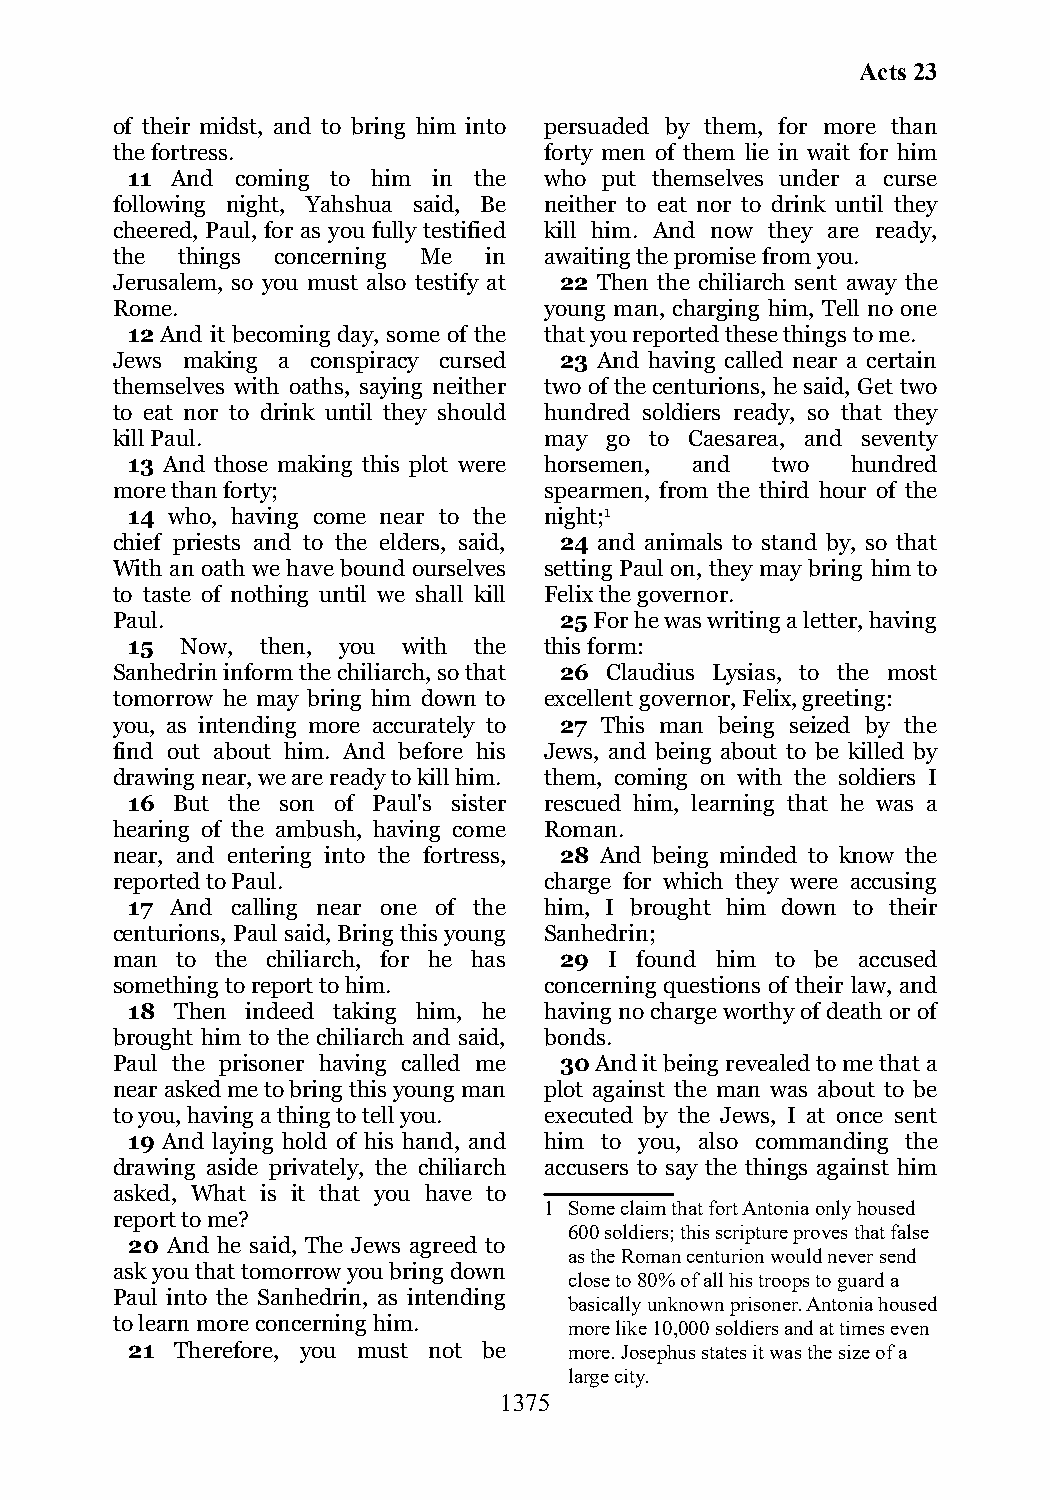
Acts 23
 of their midst, and to bring him into persuaded by them, for more than
 the fortress.                forty men of them lie in wait for him
 11 And  coming to him in the who put themselves under a curse
 following night, Yahshua said, Be neither to eat nor to drink until they
 cheered, Paul, for as you fully testified kill him. And now they are ready,
 the  things concerning Me in awaiting the promise from you.
 Jerusalem, so you must also testify at 22 Then the chiliarch sent away the
 Rome.                        young man, charging him, Tell no one
 12 And it becoming day, some of the that you reported these things to me.
 Jews making a conspiracy cursed 23 And having called near a certain
 themselves with oaths, saying neither two of the centurions, he said, Get two
 to eat nor to drink until they should hundred soldiers ready, so that they
 kill Paul.                   may go to Caesarea, and seventy
 13 And those making this plot were horsemen, and two hundred
 more than forty;             spearmen, from the third hour of the
 14 who, having come near to the night;1
 chief priests and to the elders, said, 24 and animals to stand by, so that
 With an oath we have bound ourselves setting Paul on, they may bring him to
 to taste of nothing until we shall kill Felix the governor.
 Paul.                         25 For he was writing a letter, having
 15  Now, then, you with the this form:
 Sanhedrin inform the chiliarch, so that 26 Claudius Lysias, to the most
 tomorrow he may bring him down to excellent governor, Felix, greeting:
 you, as intending more accurately to 27 This man being seized by the
 find out about him. And before his Jews, and being about to be killed by
 drawing near, we are ready to kill him. them, coming on with the soldiers I
 16 But the son of Paul's sister rescued him, learning that he was a
 hearing of the ambush, having come Roman.
 near, and entering into the fortress, 28 And being minded to know the
 reported to Paul.            charge for which they were accusing
 17 And calling near one of the him, I brought him down to their
 centurions, Paul said, Bring this young Sanhedrin;
 man  to the chiliarch, for he has 29 I found him to be accused
 something to report to him.  concerning questions of their law, and
 18  Then indeed taking him, he having no charge worthy of death or of
 brought him to the chiliarch and said, bonds.
 Paul the prisoner having called me 30 And it being revealed to me that a
 near asked me to bring this young man plot against the man was about to be
 to you, having a thing to tell you. executed by the Jews, I at once sent
 19 And laying hold of his hand, and him to you, also commanding the
 drawing aside privately, the chiliarch accusers to say the things against him
 asked, What is it that you have to
 1 Some claim that fort Antonia only housed
 report to me?
 600 soldiers; this scripture proves that false
 20 And he said, The Jews agreed to
 as the Roman centurion would never send
 ask you that tomorrow you bring down
 close to 80% of all his troops to guard a
 Paul into the Sanhedrin, as intending
 basically unknown prisoner. Antonia housed
 to learn more concerning him.  more like 10,000 soldiers and at times even
 21  Therefore, you must not be more. Josephus states it was the size of a
 large city.
 1375